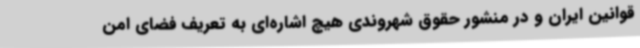
قوانین ایران و در منشور حقوق شهروندی هیچ اشاره‌ای به تعریف فضای امن